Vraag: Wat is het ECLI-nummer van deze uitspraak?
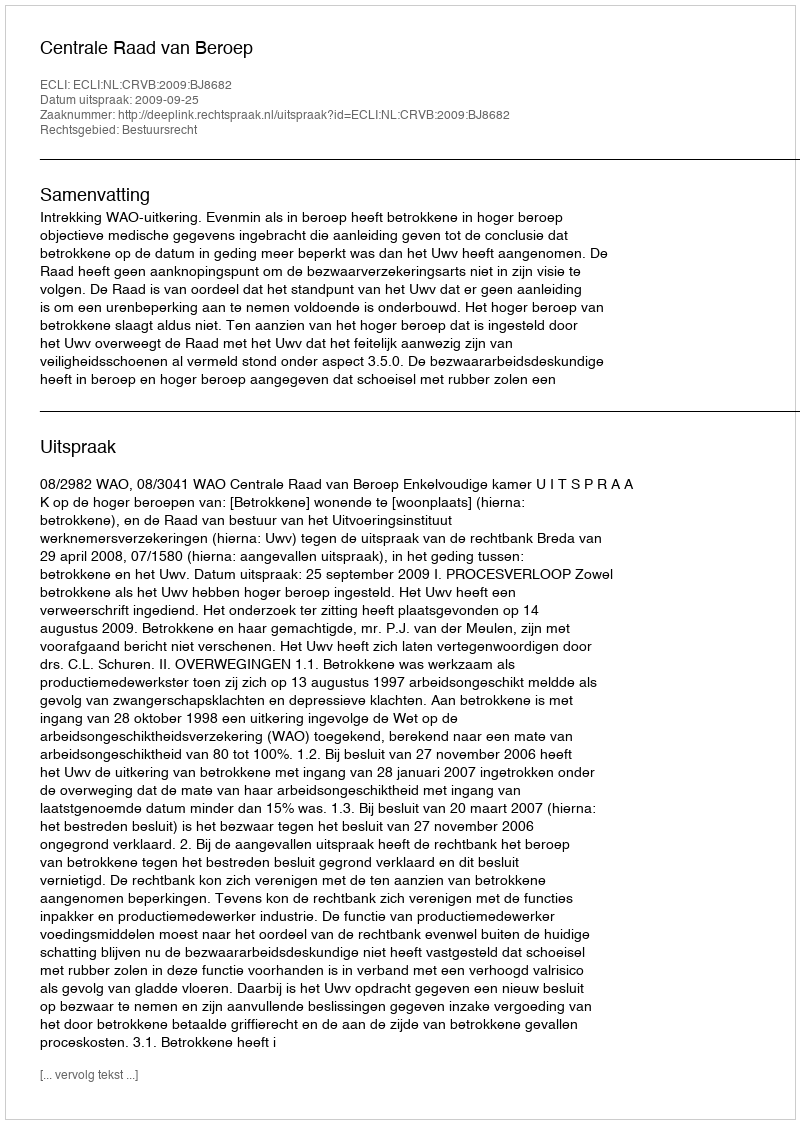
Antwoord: ECLI:NL:CRVB:2009:BJ8682